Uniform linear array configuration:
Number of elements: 48
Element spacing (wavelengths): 0.25
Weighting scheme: hann
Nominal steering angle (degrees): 45
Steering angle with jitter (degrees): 43.255
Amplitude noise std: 0.05
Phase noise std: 0.05

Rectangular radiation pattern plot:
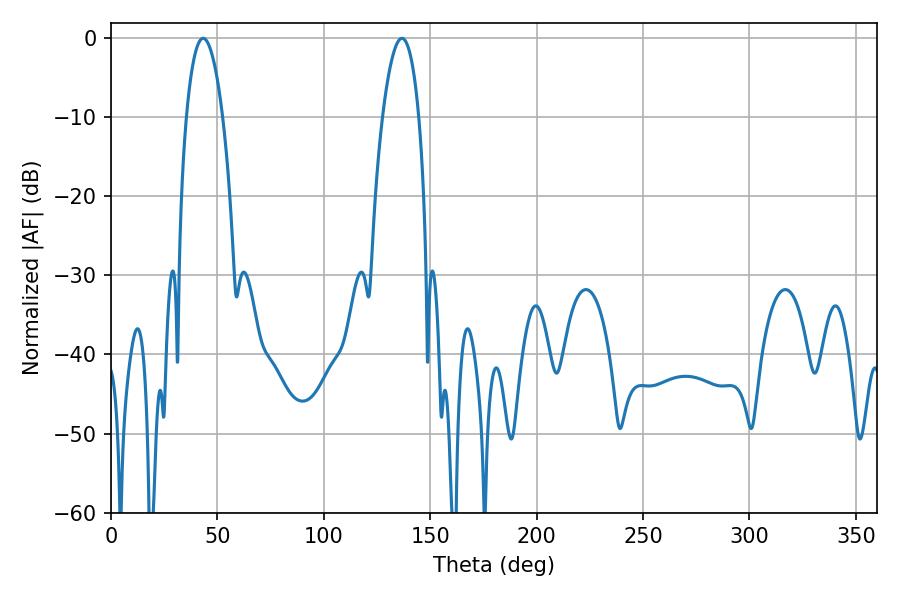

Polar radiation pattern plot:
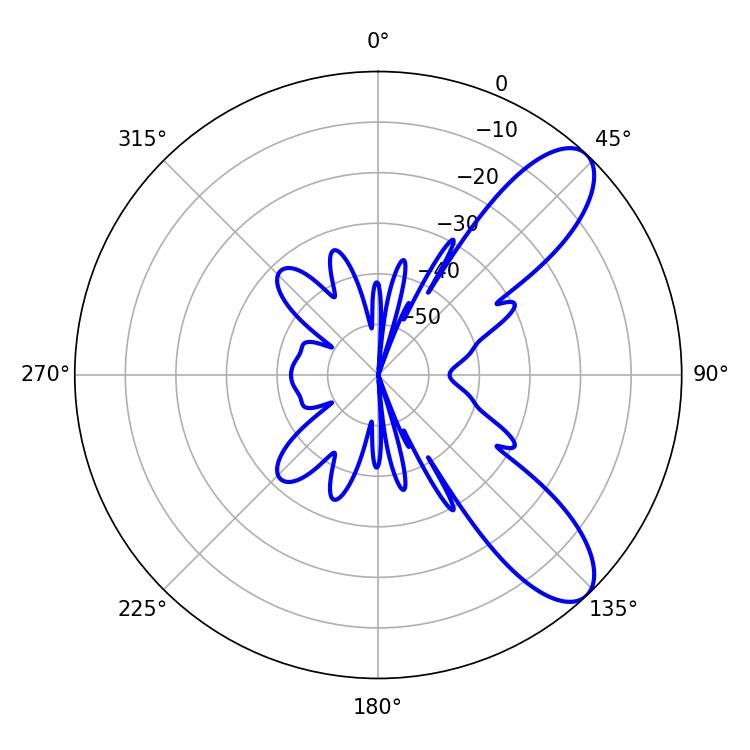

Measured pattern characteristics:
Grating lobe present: FALSE
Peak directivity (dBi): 9.142
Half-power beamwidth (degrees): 9.54
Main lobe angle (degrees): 43.38